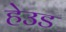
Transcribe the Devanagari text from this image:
हेउड